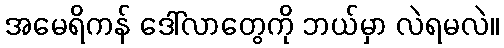
အမေရိကန် ဒေါ်လာတွေကို ဘယ်မှာ လဲရမလဲ။